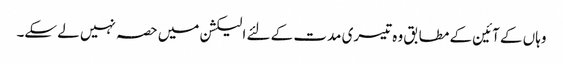
وہاں کے آئین کے مطابق وہ تیسری مدت کے لئے الیکشن میں حصہ نہیں لے سکے۔